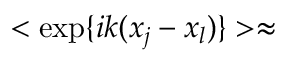
< \exp \{ i k ( x _ { j } - x _ { l } ) \} > \approx